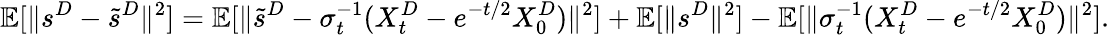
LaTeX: \mathbb{E}[\| s^{D}-\tilde{s}^{D}\| ^{2}]=\mathbb{E}[\| \tilde{s}^{D}-\sigma_{t}^{-1}(X_{t}^{D}-e^{-t/2}X_{0}^{D})\| ^{2}]+\mathbb{E}[\| s^{D}\| ^{2}]-\mathbb{E}[\| \sigma_{t}^{-1}(X_{t}^{D}-e^{-t/2}X_{0}^{D})\| ^{2}].